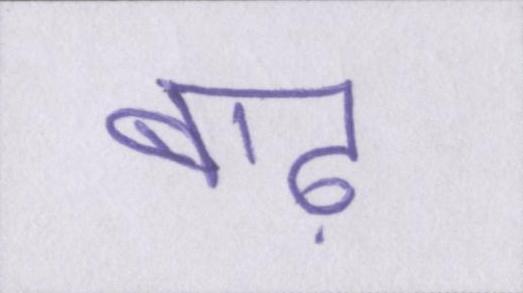
बाढ़